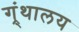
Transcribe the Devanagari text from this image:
ग्र्ंथालय